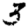
Digit: 3